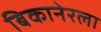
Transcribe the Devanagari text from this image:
बिकानेरला